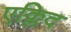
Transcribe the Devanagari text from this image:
एक्लिद